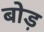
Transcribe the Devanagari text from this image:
बोड़